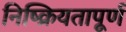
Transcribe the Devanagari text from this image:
निष्क्रियतापूर्ण